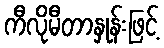
ကီလိုမီတာနှုန်းဖြင့်